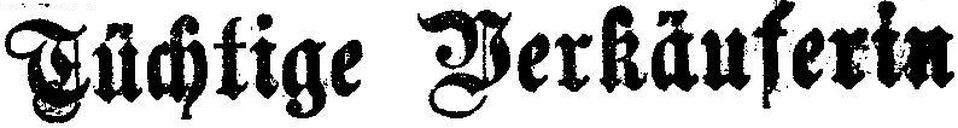
Füchtige Verkäuferin